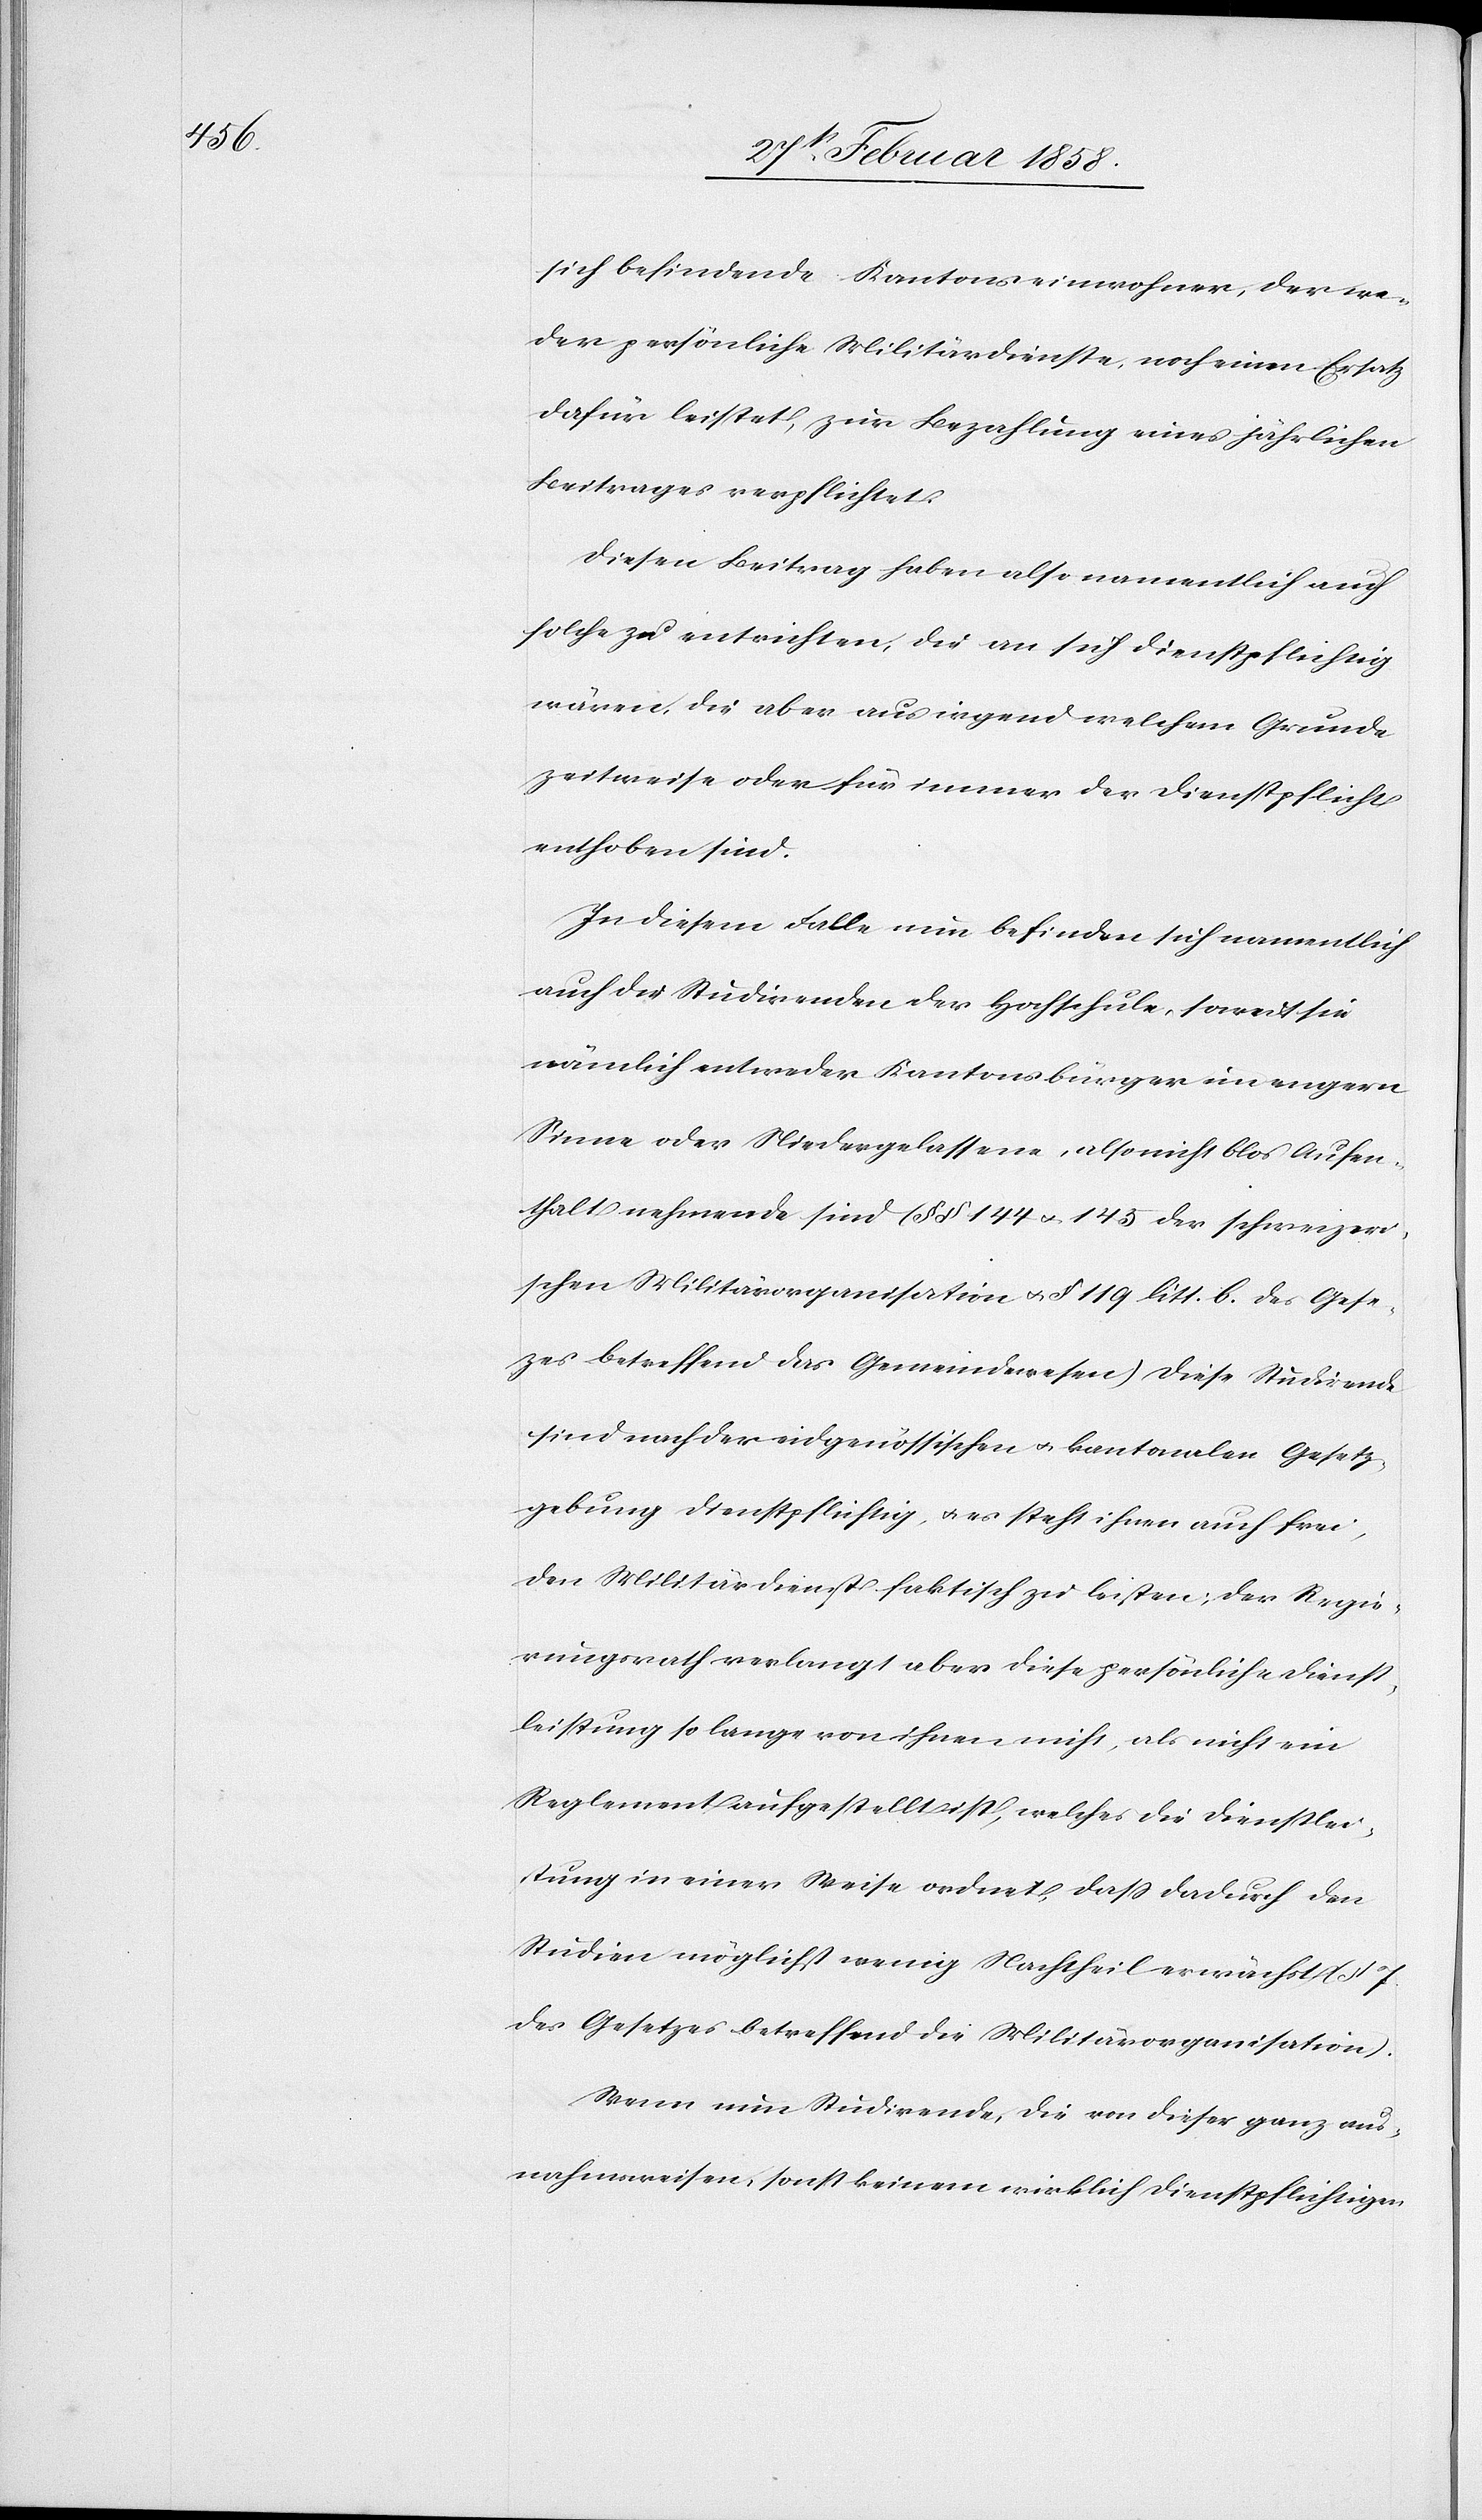
sich befindende Kantonseinwohner, der we¬
der persönliche Militärdienste, noch einen Ersatz
dafür leistet, zur Bezahlung eines jährlichen
Beitrages verpflichtet.
Diesen Beitrag haben also namentlich auch
solche zu entrichten, die an sich dienstpflichtig
wären, die aber aus irgend welchem Grunde
zeitweise oder für immer der Dienstpflicht
enthoben sind.
In diesem Falle nun befinden sich namentlich
auch die Studirenden der Hochschule, soweit sie
nämlich entweder Kantonsbürger im engern
Sinne oder Niedergelassene, also nicht blos Aufen¬
thalt nehmende sind (§ § 144 u. 145 der schweizeri¬
schen Militärorganisation u. § 119 litt. b. des Gese¬
zes betreffend das Gemeindewesen). Diese Studirende
sind nach der eidgenössischen u. kantonalen Gesetz¬
gebung dienstpflichtig, u. es steht ihnen auch frei,
den Militärdienst faktisch zu leisten; der Regie¬
rungsrath verlangt aber diese persönliche Dienst¬
leistung so lange von ihnen nicht, als nicht ein
Reglement aufgestellt ist, welches die Dienstlei¬
stung in einer Weise ordnet, daß dadurch den
Studien möglichst wenig Nachtheil erwächst (§ 7
des Gesetzes betreffend die Militärorganisation).
Wenn nun Studirende, die von dieser ganz aus¬
nahmsweisen, sonst keinem wirklich Dienstpflichtigen